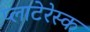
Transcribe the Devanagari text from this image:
प्लाटेरेस्क